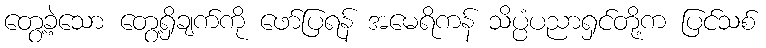
တွေ့ခဲ့သော တွေ့ရှိချက်ကို ဖော်ပြရန် အမေရိကန် သိပ္ပံပညာရှင်တို့က ပြင်သစ်